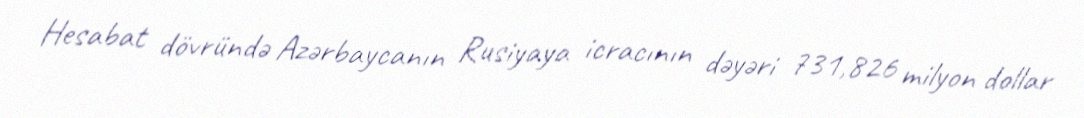
Hesabat dövründə Azərbaycanın Rusiyaya icracının dəyəri 731,826 milyon dollar